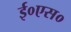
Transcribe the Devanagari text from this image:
ई०एस०